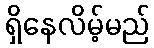
ရှိနေလိမ့်မည်